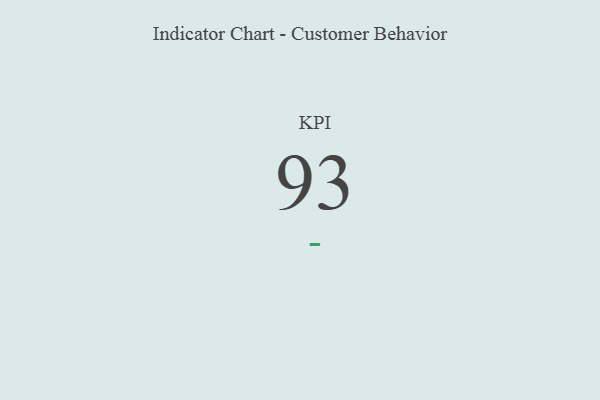
{"axis": {"x": "KPI", "y": "Value"}, "legend": [""], "data": [{"x": "KPI", "y": 93, "type": ""}]}